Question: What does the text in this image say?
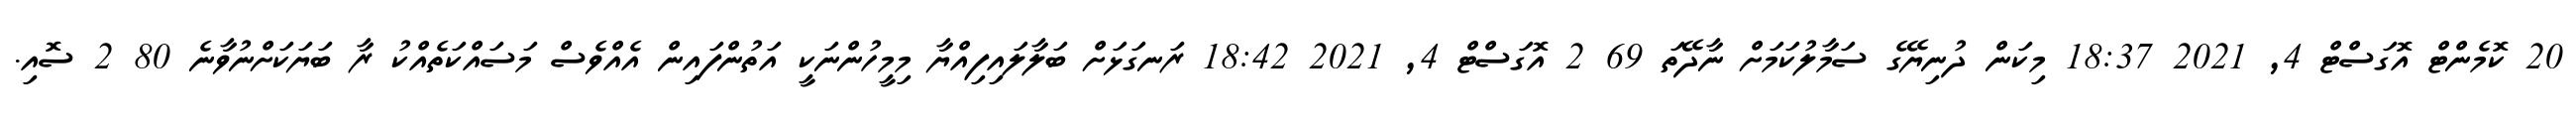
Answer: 20 ކޮމެންޓް އޮގަސްޓް 4, 2021 18:37 މިކަން ދުނިޔޭގެ ސަމާލުކަމަށް ނާދޭތަ 69 2 އޮގަސްޓް 4, 2021 18:42 ރަނގަޅަށް ބަލާލައިފިއްޔާ މިމީހުންނަކީ އަތުންފައިން އެއްވެސް މަސައްކަތެއްކު ރާ ބަޔަކަށްނުވާނެ 80 2 ސޮއި.